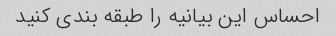
احساس این بیانیه را طبقه بندی کنید